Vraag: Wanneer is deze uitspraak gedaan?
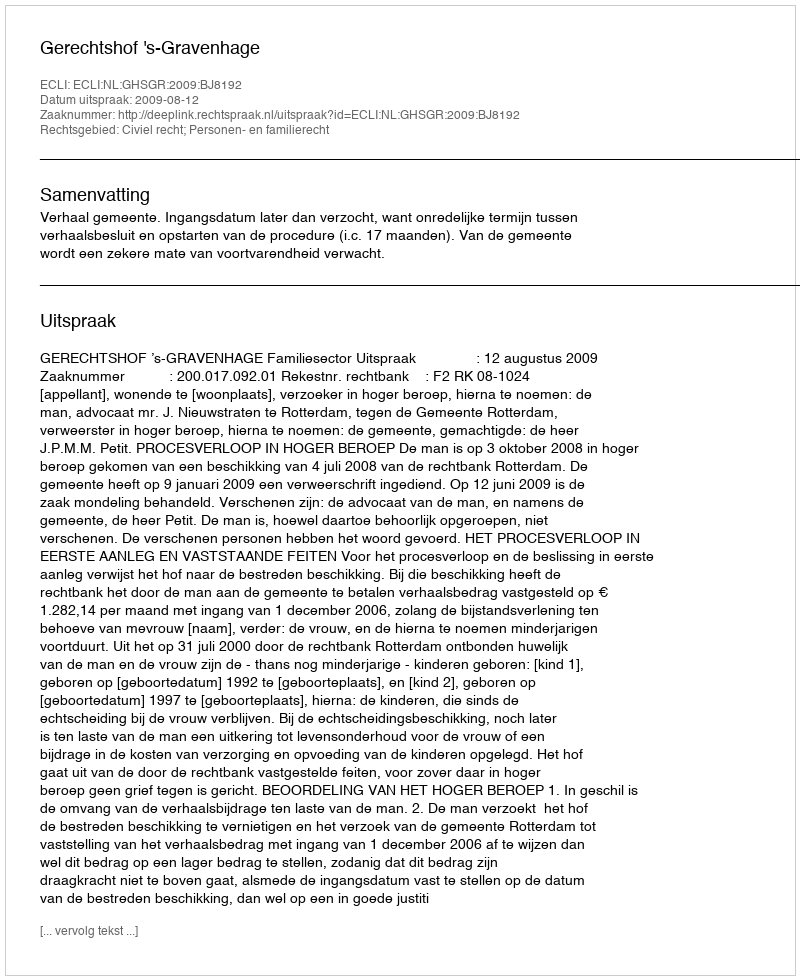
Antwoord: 2009-08-12